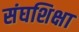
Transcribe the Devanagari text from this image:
संघशिक्षा